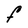
Character: F